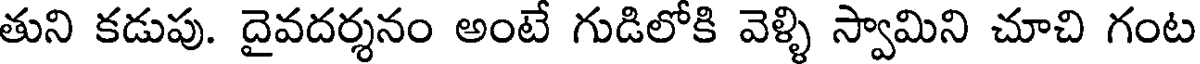
తుని కడుపు. దైవదర్శనం అంటే గుడిలోకి వెళ్ళి స్వామిని చూచి గంట